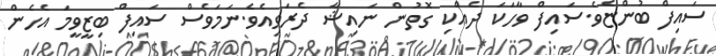
ސައިފް ބުންޏެވެ.ސަައިފް ވާހަކަ ދެއްކި ގޮތުން ނަައިޝާ ދެރަވިއެވެ.ނަމަވެސް ސަައިފް ބިޒީވީމަ އެހެން